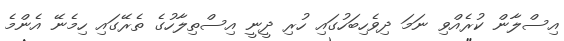
އިސްލާން ކުރެއްވި ނަމަ ދިވެހިބަހުގައި ހުރި ދީނީ އިސްތިލާހުގެ ތެރޭގައި ހިމެނޭ އެންމެ